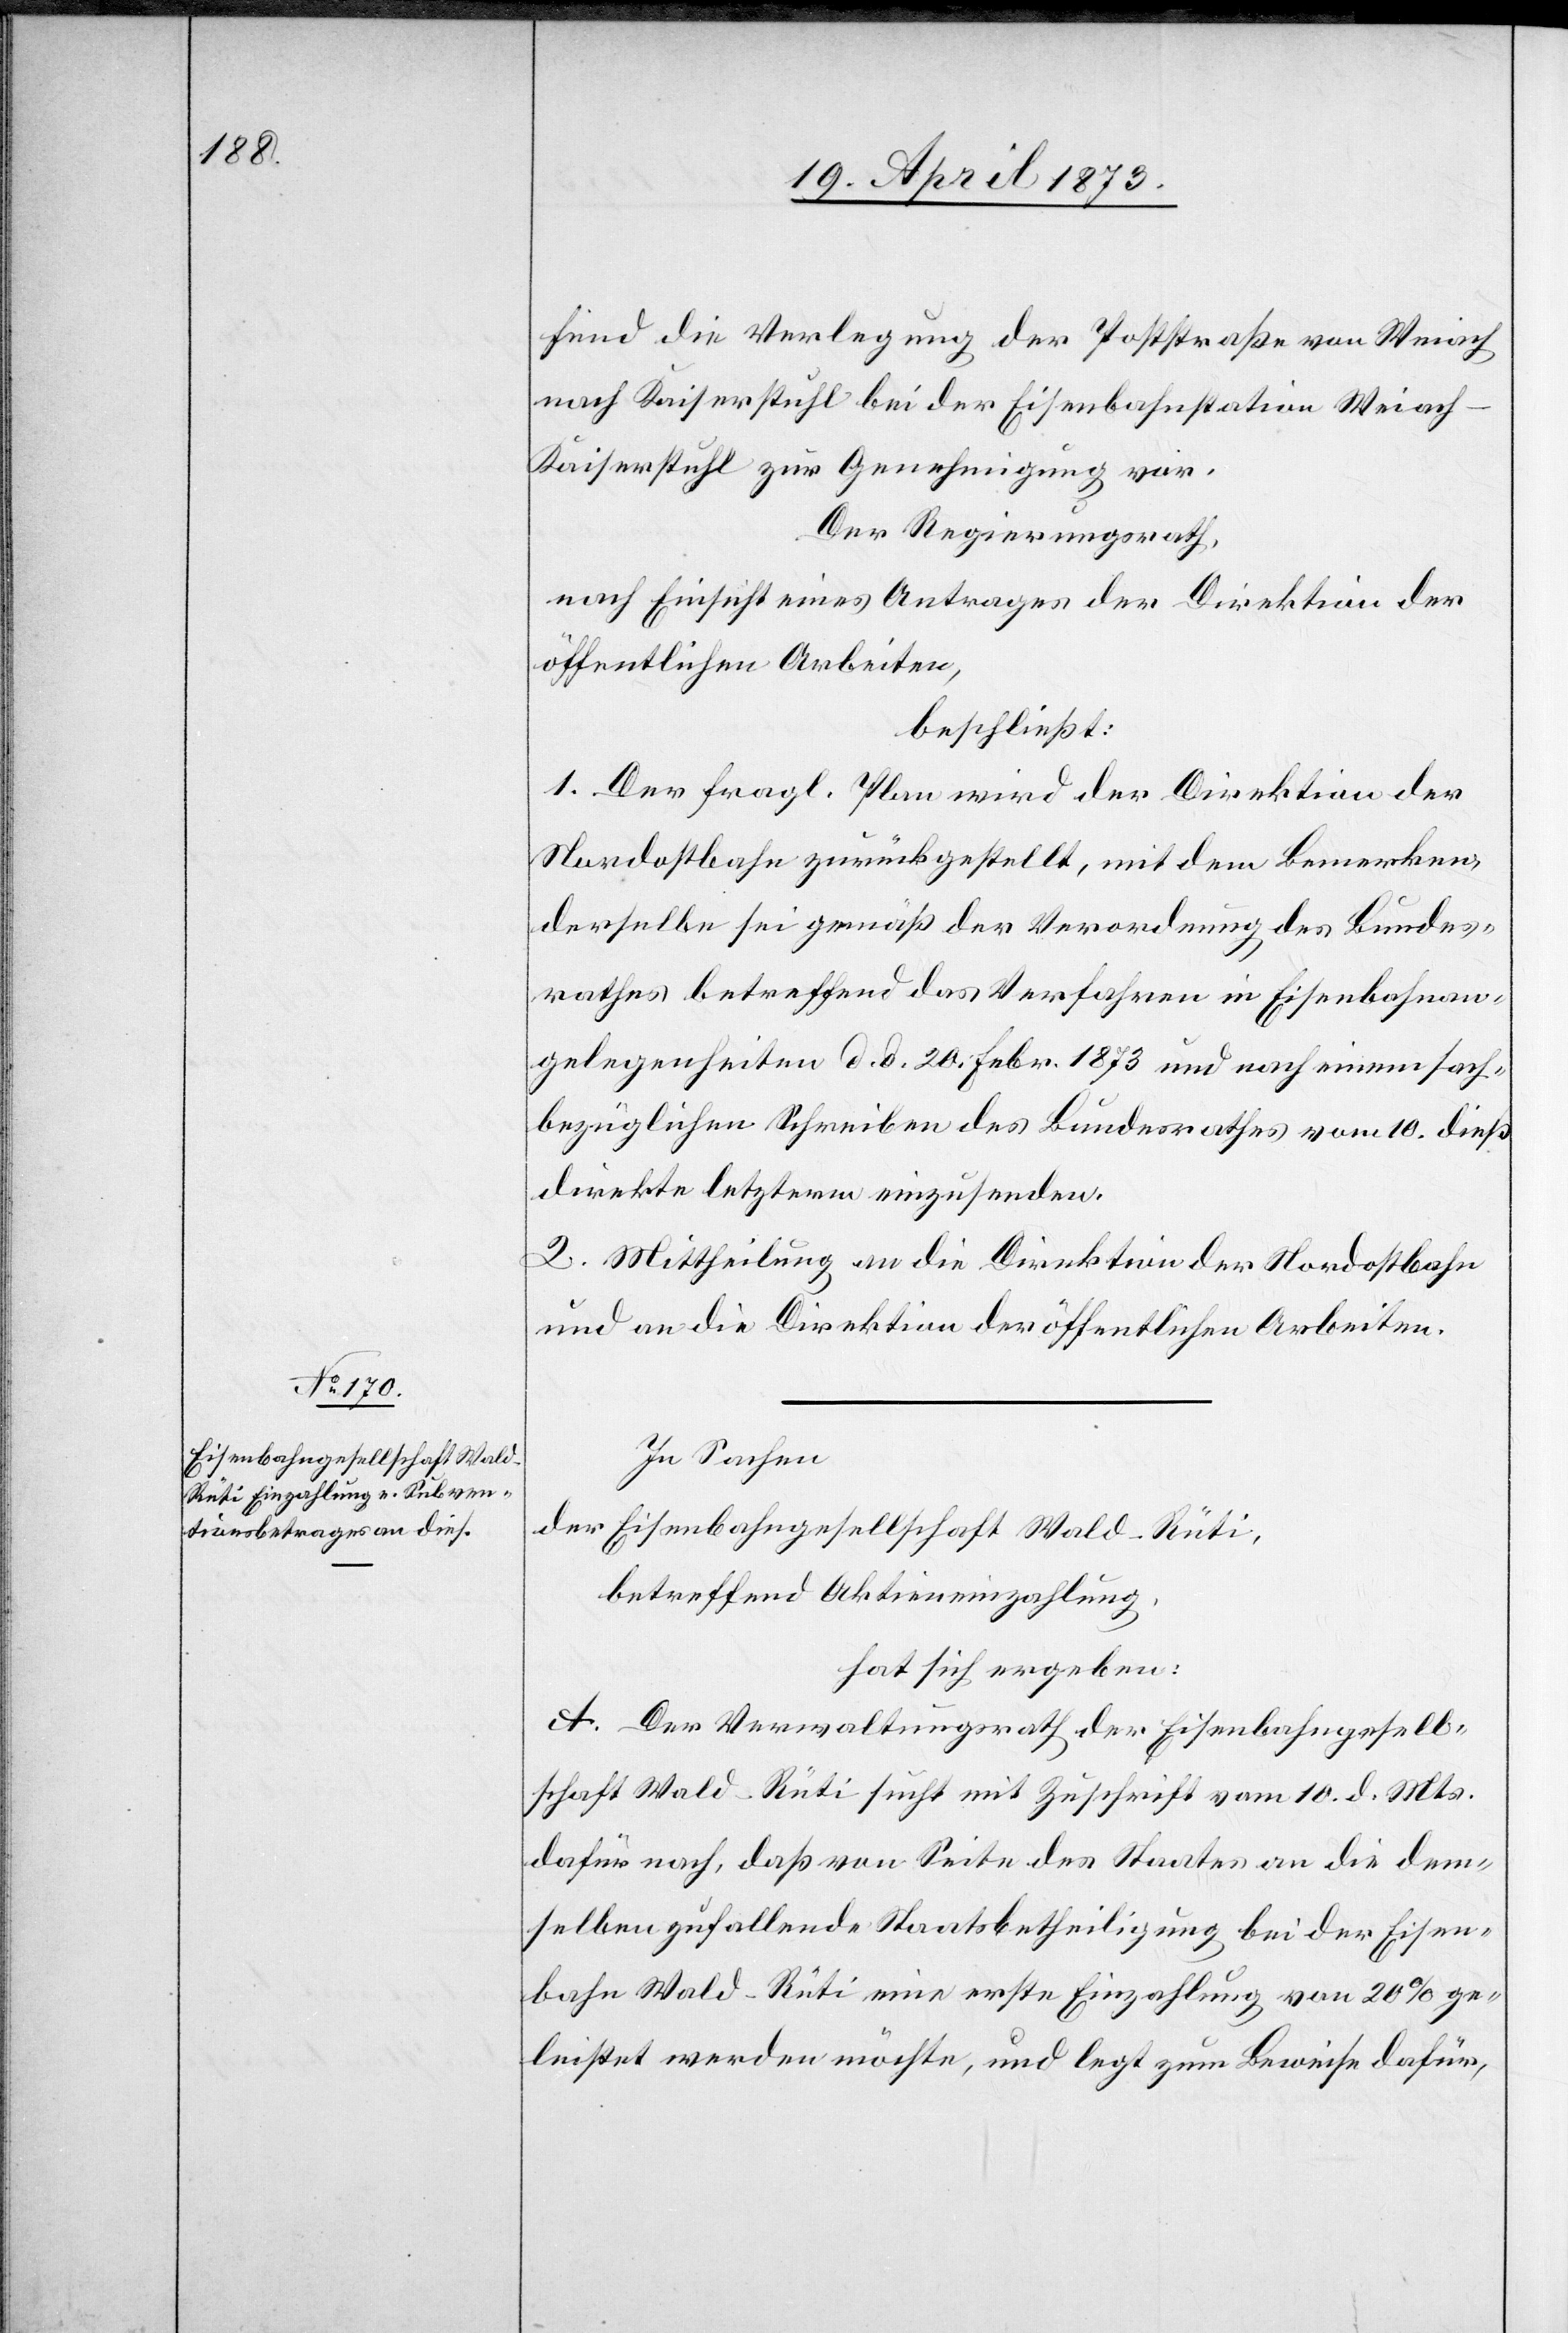
fend die Verlegung der Poststraße von Weiach
nach Kaiserstuhl bei der Eisenbahnstation Weiach–K¬
aiserstuhl zur Genehmigung vor.
Der Regierungsrath,
nach Einsicht eines Antrages der Direktion der
öffentlichen Arbeiten,
beschließt:
1. Der fragl. Plan wird der Direktion der
Nordostbahn zurückgestellt, mit dem Bemerken,
derselbe sei gemäß der Verordnung des Bundes¬
rathes betreffend das Verfahren in Eisenbahnan¬
gelegenheiten d. d. 20. Febr. 1873 und nach einem sach¬
bezüglichen Schreiben des Bundesrathes vom 10. dieß
direkte letzterm einzusenden.
2. Mittheilung an die Direktion der Nordostbahn
und an die Direktion der öffentlichen Arbeiten.
In Sachen
der Eisenbahngesellschaft Wald–Rüti
betreffend Aktieneinzahlung,
hat sich ergeben:
A. Der Verwaltungsrath der Eisenbahngesell¬
schaft Wald–Rüti sucht mit Zuschrift vom 10. d. Mts.
dafür nach, daß von Seite des Staates an die dem¬
selben zufallende Staatsbetheilung bei der Eisen¬
bahn Wald–Rüti eine erste Einzahlung von 20% ge¬
leistet werden möchte, und legt zum Beweise dafür,